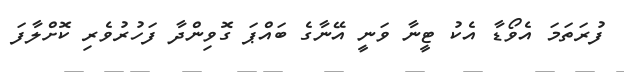
ފުރަތަމަ އެވޯޑާ އެކު ޓީނާ ވަނީ އޭނާގެ ބައްޕަ ގޮވިންދާ ފަހުރުވެރި ކޮށްލާފަ